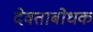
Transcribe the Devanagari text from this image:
देवताबोधक